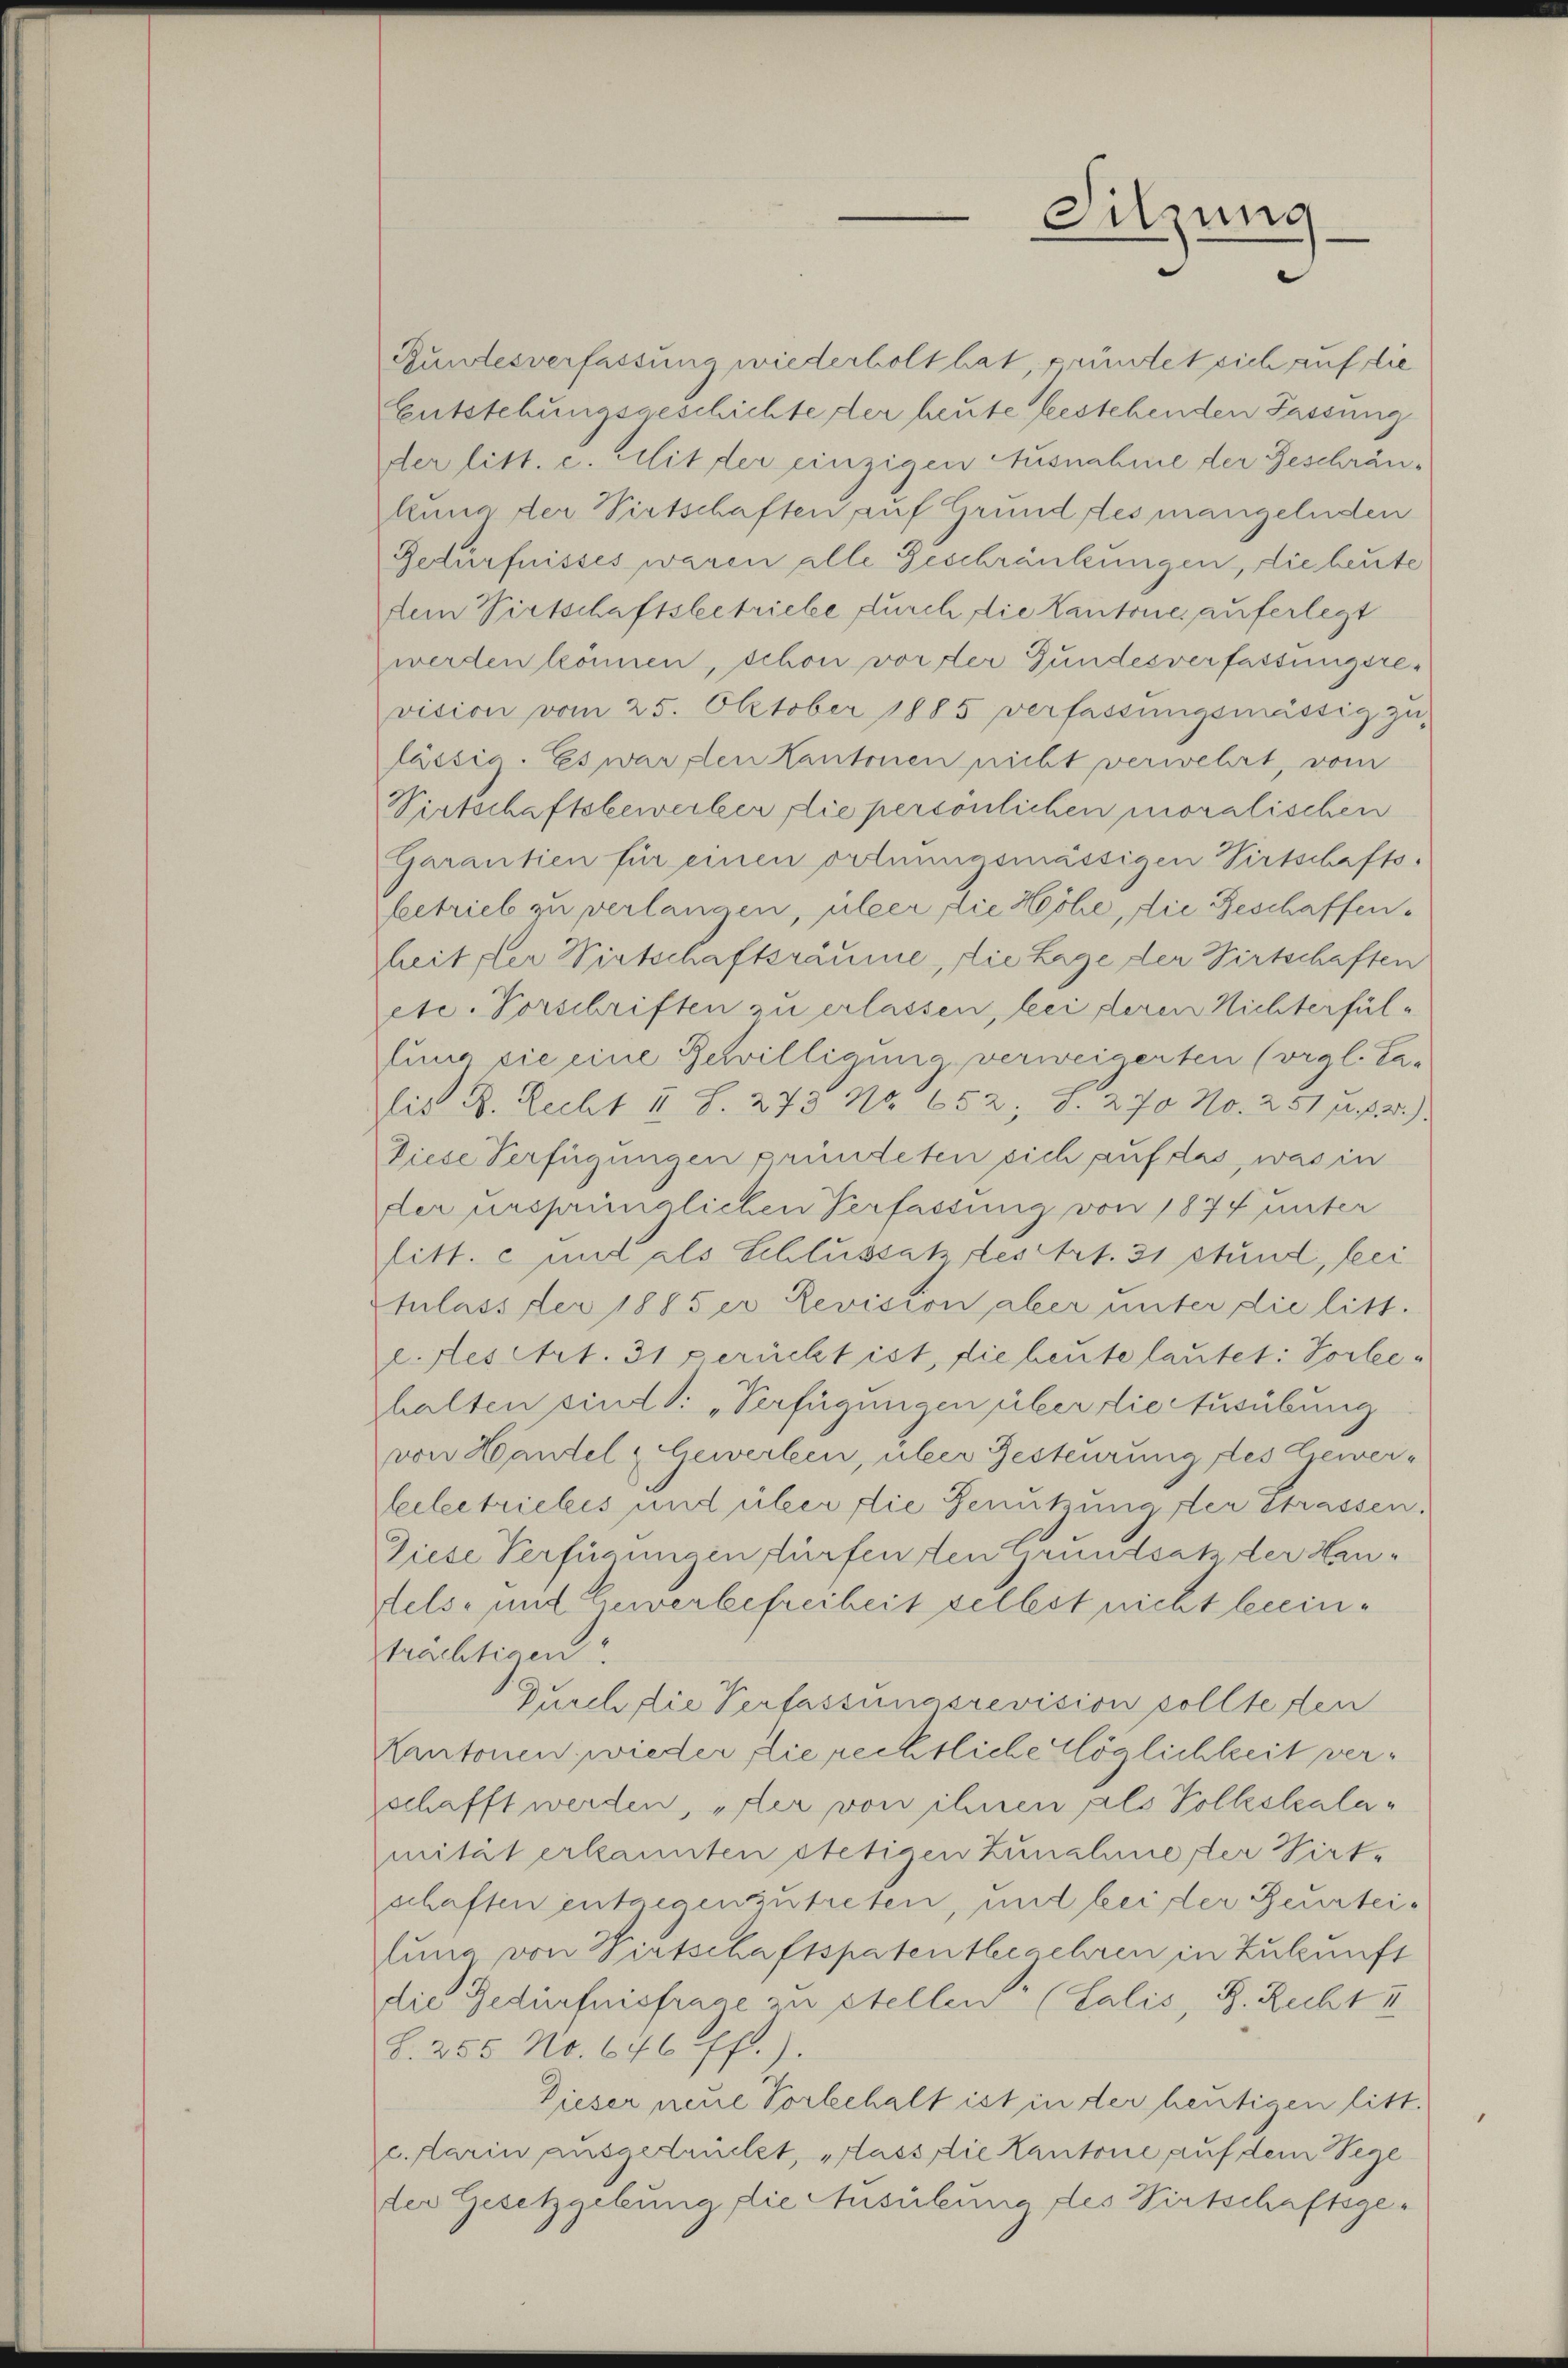
Bundesverfassung wiederholt hat, gründet sich auf die
Entstehungsgeschichte der heute bestehenden Fassung
der litt. c. Mit der einzigen Ausnahme der Geschrän-
lung der Virtschaften auf Grund des mangelnden
Getürfnisses waren alle Geschränkungen, die heute
dem Virtschaftsbetriebe durch die Kantone auferlegt
werden können, schon vor der Gundesverfassungsrevision vom 25. Oktober 1885 verfassŭngsmässig zu-
lässig. Es warsten Kantonen nicht verwehrt, vom
Virtschaftsbewerber die persönlichen moralischen
Garantien für einen ortuungsmässigen Pirtschafts-
betrieb zu verlangen, über die Höhe, die Geschaffenheit der Wirtschaftsräume, die Lage der Wirtschaften
etc. Vorschriften zu erlassen, bei deren Nichterfültung die eine Bewilligung verweigerten (vgl. Ta-
lis B. Recht II S. 273 No 652, S. 270 No. 251 f. 2)
Diese Verfügungen pründeten sich auf das, was in
der ursprünglichen Verfassung von 1874 unter
litt. c und als Schlussatz des Art. 31 Stund, bei
tulass der 1885 er Revision aber unter die litt.
e. Lesetzt. 31 gerückt ist, die heute lautet: Vorlehalten sind: „Verfügungen über die Ausübung
von Handel & Gewerben, über Gesteurung des Gewer¬
Leibetriebes und über die Genutzung der Strassen.
Ziese Verfügungen fürfen den Grundsatz der Heudels- und bewerbefreiheit selbst nicht beeinprächtigen
Durch die Verfassungsrevision sollte den
Kantonen, wieder die rechtliche Möglichkeit verschafft werden, erster von ihnen als Volkskalamität erkannten stetigen Zunahme der Virtschaften entgegenzutreten, und bei der Beurteilung von Wirtschaftspatentbegehren in Zukunft
die Bedürfnisfrage zu stellen (Salis, R. Recht II
S. 255 No. 646 ff.).
Dieser neue Vorbehalt ist in der heutigen litt.
elarin ausgedrückt, erlass die Kantone auf dem Sege
der Gesetzgebung, die Ausübung des Virtschaftsge¬

Sitzung